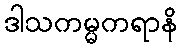
ဒါသကမ္မကရာနိ